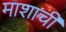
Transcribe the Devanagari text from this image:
माशाची